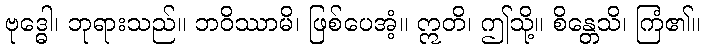
ဗုဒ္ဓေါ၊ ဘုရားသည်။ ဘဝိဿာမိ၊ ဖြစ်ပေအံ့။ ဣတိ၊ ဤသို့။ စိန္တေသိ၊ ကြံ၏။